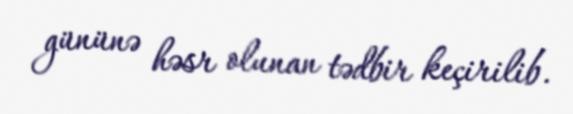
gününə həsr olunan tədbir keçirilib.